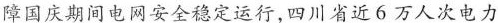
障国庆期间电网安全稳定运行，四川省近6万人次电力